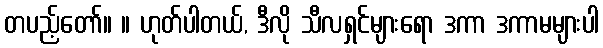
တပည့်တော်။ ။ ဟုတ်ပါတယ်, ဒီလို သီလရှင်များရော ဒကာ ဒကာမများပါ